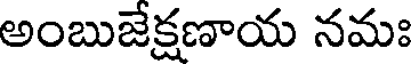
అంబుజేక్షణాయ నమః